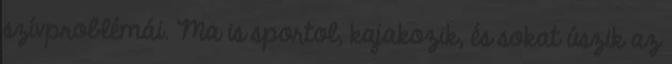
szívproblémái. Ma is sportol, kajakozik, és sokat úszik az